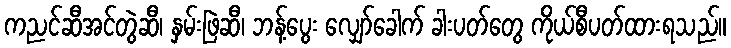
ကညင်ဆီအင်တွဲဆီ၊ နှမ်းဖြဲဆီ၊ ဘန့်ပွေး လျှော်ခေါက် ခါးပတ်တွေ ကိုယ်စီပတ်ထားရသည်။